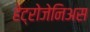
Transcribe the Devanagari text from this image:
हेट्रोजेनिअस